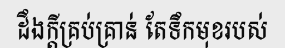
ដឹងក្តីគ្រប់គ្រាន់ តែទឹកមុខរបស់